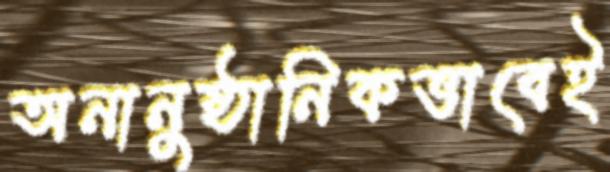
অনানুষ্ঠানিকভাবেই